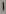
Text: 1